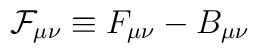
{\cal{F}}_{\mu \nu} \equiv F_{\mu \nu} -B_{\mu \nu}